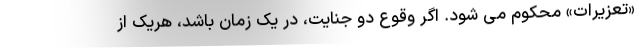
«تعزیرات» محکوم می شود. اگر وقوع دو جنایت، در یک زمان باشد، هریک از